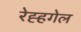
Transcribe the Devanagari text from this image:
रेह्हगेल